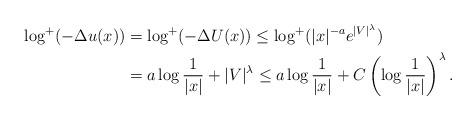
LaTeX: \begin{align*} \log^{+}(-\Delta u(x))&=\log^{+}(-\Delta U(x))\leq \log^{+}(|x|^{-a} e^{|V|^\lambda} )\\ &=a\log\frac{1}{|x|}+|V|^\lambda \leq a\log\frac{1}{|x|}+C\left(\log\frac{1}{|x|}\right)^\lambda . \end{align*}